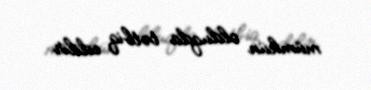
mümkün olduqda tətbiq edilir.